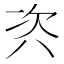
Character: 𭁊